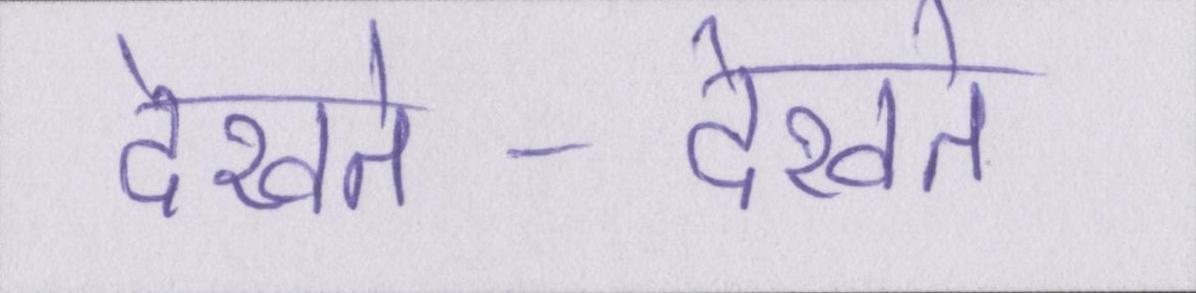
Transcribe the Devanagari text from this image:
देखते-देखते